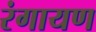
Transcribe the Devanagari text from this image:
रंगायण